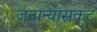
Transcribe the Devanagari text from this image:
जनान्यासकट